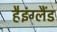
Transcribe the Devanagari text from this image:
हैइंग्लैंड